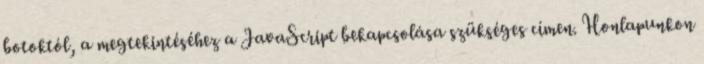
botoktól, a megtekintéséhez a JavaScript bekapcsolása szükséges címen. Honlapunkon